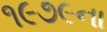
૧૯૭૯ના